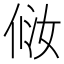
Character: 𰂈